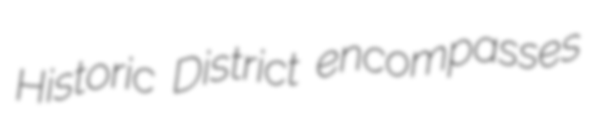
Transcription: Historic District encompasses